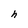
Character: h